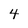
Character: 4